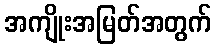
အကျိုးအမြတ်အတွက်